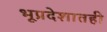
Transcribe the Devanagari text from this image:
भूप्रदेशातही